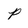
Character: p